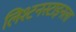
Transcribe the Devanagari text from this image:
लिश्टनस्टाइनला